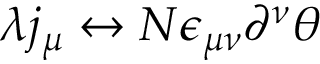
\lambda j _ { \mu } \leftrightarrow N \epsilon _ { \mu \nu } \partial ^ { \nu } \theta